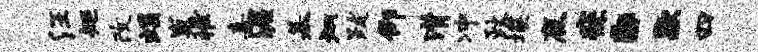
汪矩改蝎嵬推喜渥基炳跋仰潸冲政埃鹿寐。歇四